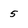
Character: 5